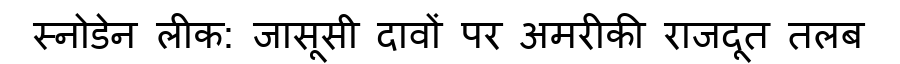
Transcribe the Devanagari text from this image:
स्नोडेन लीक: जासूसी दावों पर अमरीकी राजदूत तलब